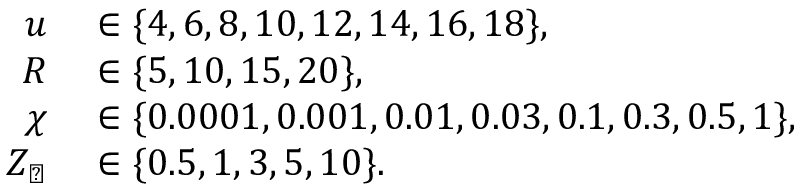
\begin{array} { r l } { u } & { { } \in \{ 4 , 6 , 8 , 1 0 , 1 2 , 1 4 , 1 6 , 1 8 \} , } \\ { R } & { { } \in \{ 5 , 1 0 , 1 5 , 2 0 \} , } \\ { \chi } & { { } \in \{ 0 . 0 0 0 1 , 0 . 0 0 1 , 0 . 0 1 , 0 . 0 3 , 0 . 1 , 0 . 3 , 0 . 5 , 1 \} , } \\ { Z _ { \perp } } & { { } \in \{ 0 . 5 , 1 , 3 , 5 , 1 0 \} . } \end{array}